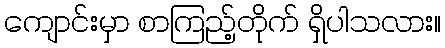
ကျောင်းမှာ စာကြည့်တိုက် ရှိပါသလား။